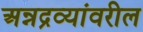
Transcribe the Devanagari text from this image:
अन्नद्रव्यांवरील